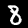
Digit: 8